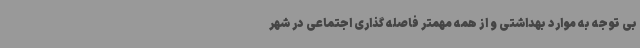
بی توجه به موارد بهداشتی و از همه مهمتر فاصله گذاری اجتماعی در شهر